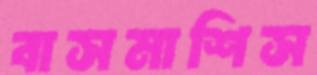
বাসমাশিস